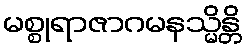
မစ္စုရာဇာဂမနသ္မိန္တိ